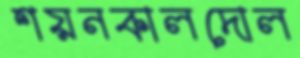
শয়নকালদোল